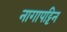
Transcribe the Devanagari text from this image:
नागापट्टिन